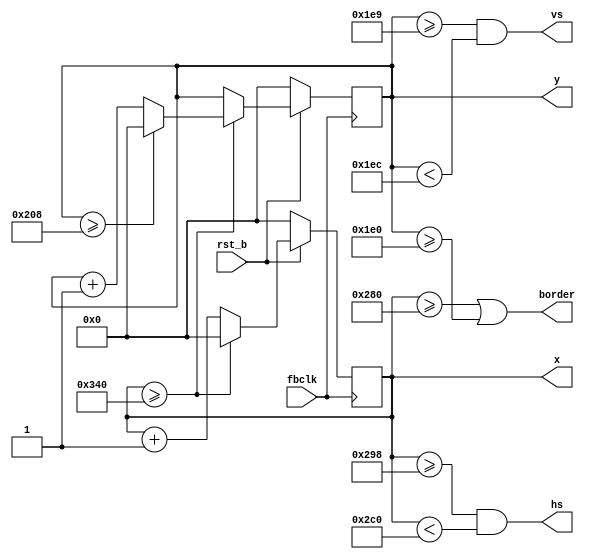
module SyncGen(/*AUTOARG*/
   // Outputs
   vs, hs, x, y, border,
   // Inputs
   fbclk, rst_b
   );

	input fbclk;
	input rst_b;
	output reg vs, hs;
	output reg [11:0] x, y;
	output reg border;
	
	parameter XRES = 640;
	parameter XFPORCH = 24;
	parameter XSYNC = 40;
	parameter XBPORCH = 128;
	
	parameter YRES = 480;
	parameter YFPORCH = 9;
	parameter YSYNC = 3;
	parameter YBPORCH = 28;
	
	always @(posedge fbclk)
	begin
		if (!rst_b) begin
			x <= 0;
			y <= 0;
		end
		else begin
			if (x >= (XRES + XFPORCH + XSYNC + XBPORCH))
			begin
				if (y >= (YRES + YFPORCH + YSYNC + YBPORCH))
					y <= 0;
				else
					y <= y + 1;
				x <= 0;
			end else
				x <= x + 1;
		end
	end

	always @(*) begin
		hs = (x >= (XRES + XFPORCH)) && (x < (XRES + XFPORCH + XSYNC));
		vs = (y >= (YRES + YFPORCH)) && (y < (YRES + YFPORCH + YSYNC));
		border = (x >= XRES) || (y >= YRES);
	end
endmodule